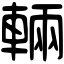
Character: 輛